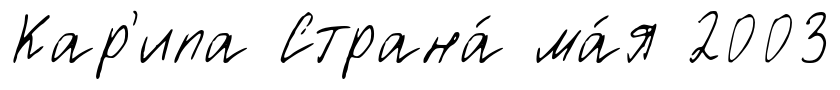
Кар'ипа Страна́ ма́я 2003